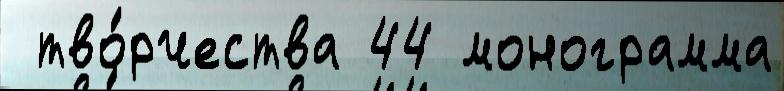
 тво́рчества 44 монограмма